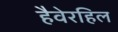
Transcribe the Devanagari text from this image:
हैवेरहिल